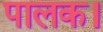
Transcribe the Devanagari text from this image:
पालक।